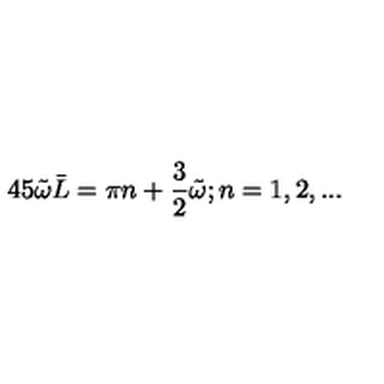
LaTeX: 4 5 \tilde { \omega } \bar { L } = \pi n + \frac { 3 } { 2 } \tilde { \omega } ; n = 1 , 2 , . . .